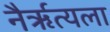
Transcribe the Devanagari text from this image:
नैर्ॠत्यला